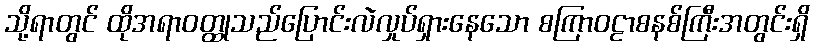
သို့ရာတွင် ထိုအရာဝတ္ထုသည်ပြောင်းလဲလှုပ်ရှားနေသော စကြာဝဠာစနစ်ကြီးအတွင်းရှိ